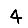
Digit: 4